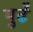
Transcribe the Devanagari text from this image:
मुर्ढे